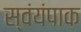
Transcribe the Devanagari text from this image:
स्वंयंपाक